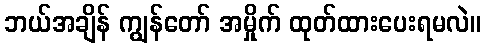
ဘယ်အချိန် ကျွန်တော် အမှိုက် ထုတ်ထားပေးရမလဲ။